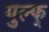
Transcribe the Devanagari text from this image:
गुल्फ्